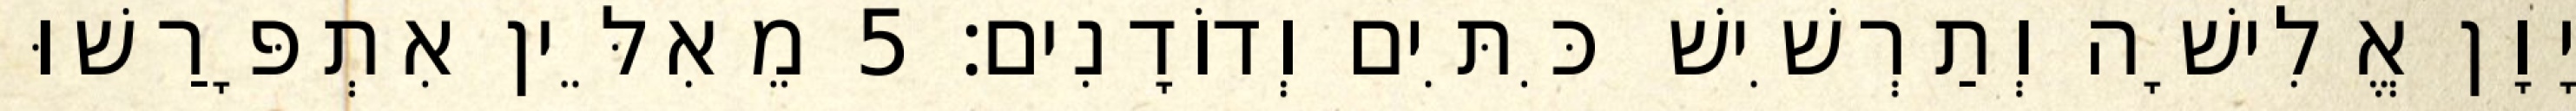
יָוָן אֱלִישָׁה וְתַרְשִׁישׁ כִּתִּים וְדוֹדָנִים׃ 5 מֵאִלֵּין אִתְפָּרַשׁוּ